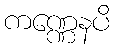
ကဏ္ဏေနပိ